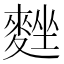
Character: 𪌴